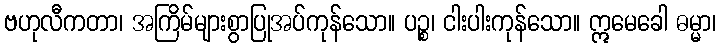
ဗဟုလီကတာ၊ အကြိမ်များစွာပြုအပ်ကုန်သော။ ပဉ္စ၊ ငါးပါးကုန်သော။ ဣမေခေါ ဓမ္မာ၊